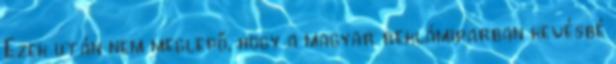
Ezek után nem meglepő, hogy a magyar reklámiparban kevésbé